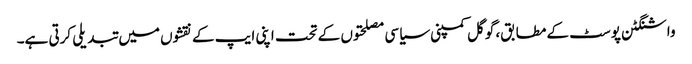
واشنگٹن پوسٹ کے مطابق، گوگل کمپنی سیاسی مصلحتوں کے تحت اپنی ایپ کے نقشوں میں تبدیلی کرتی ہے۔